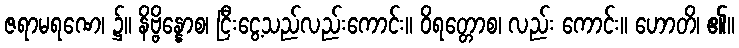
ဇရာမရဏေ၊ ၌။ နိဗ္ဗိန္နောစ၊ ငြီးငွေ့သည်လည်းကောင်း။ ဝိရတ္တောစ၊ လည်း ကောင်း။ ဟောတိ၊ ၏။